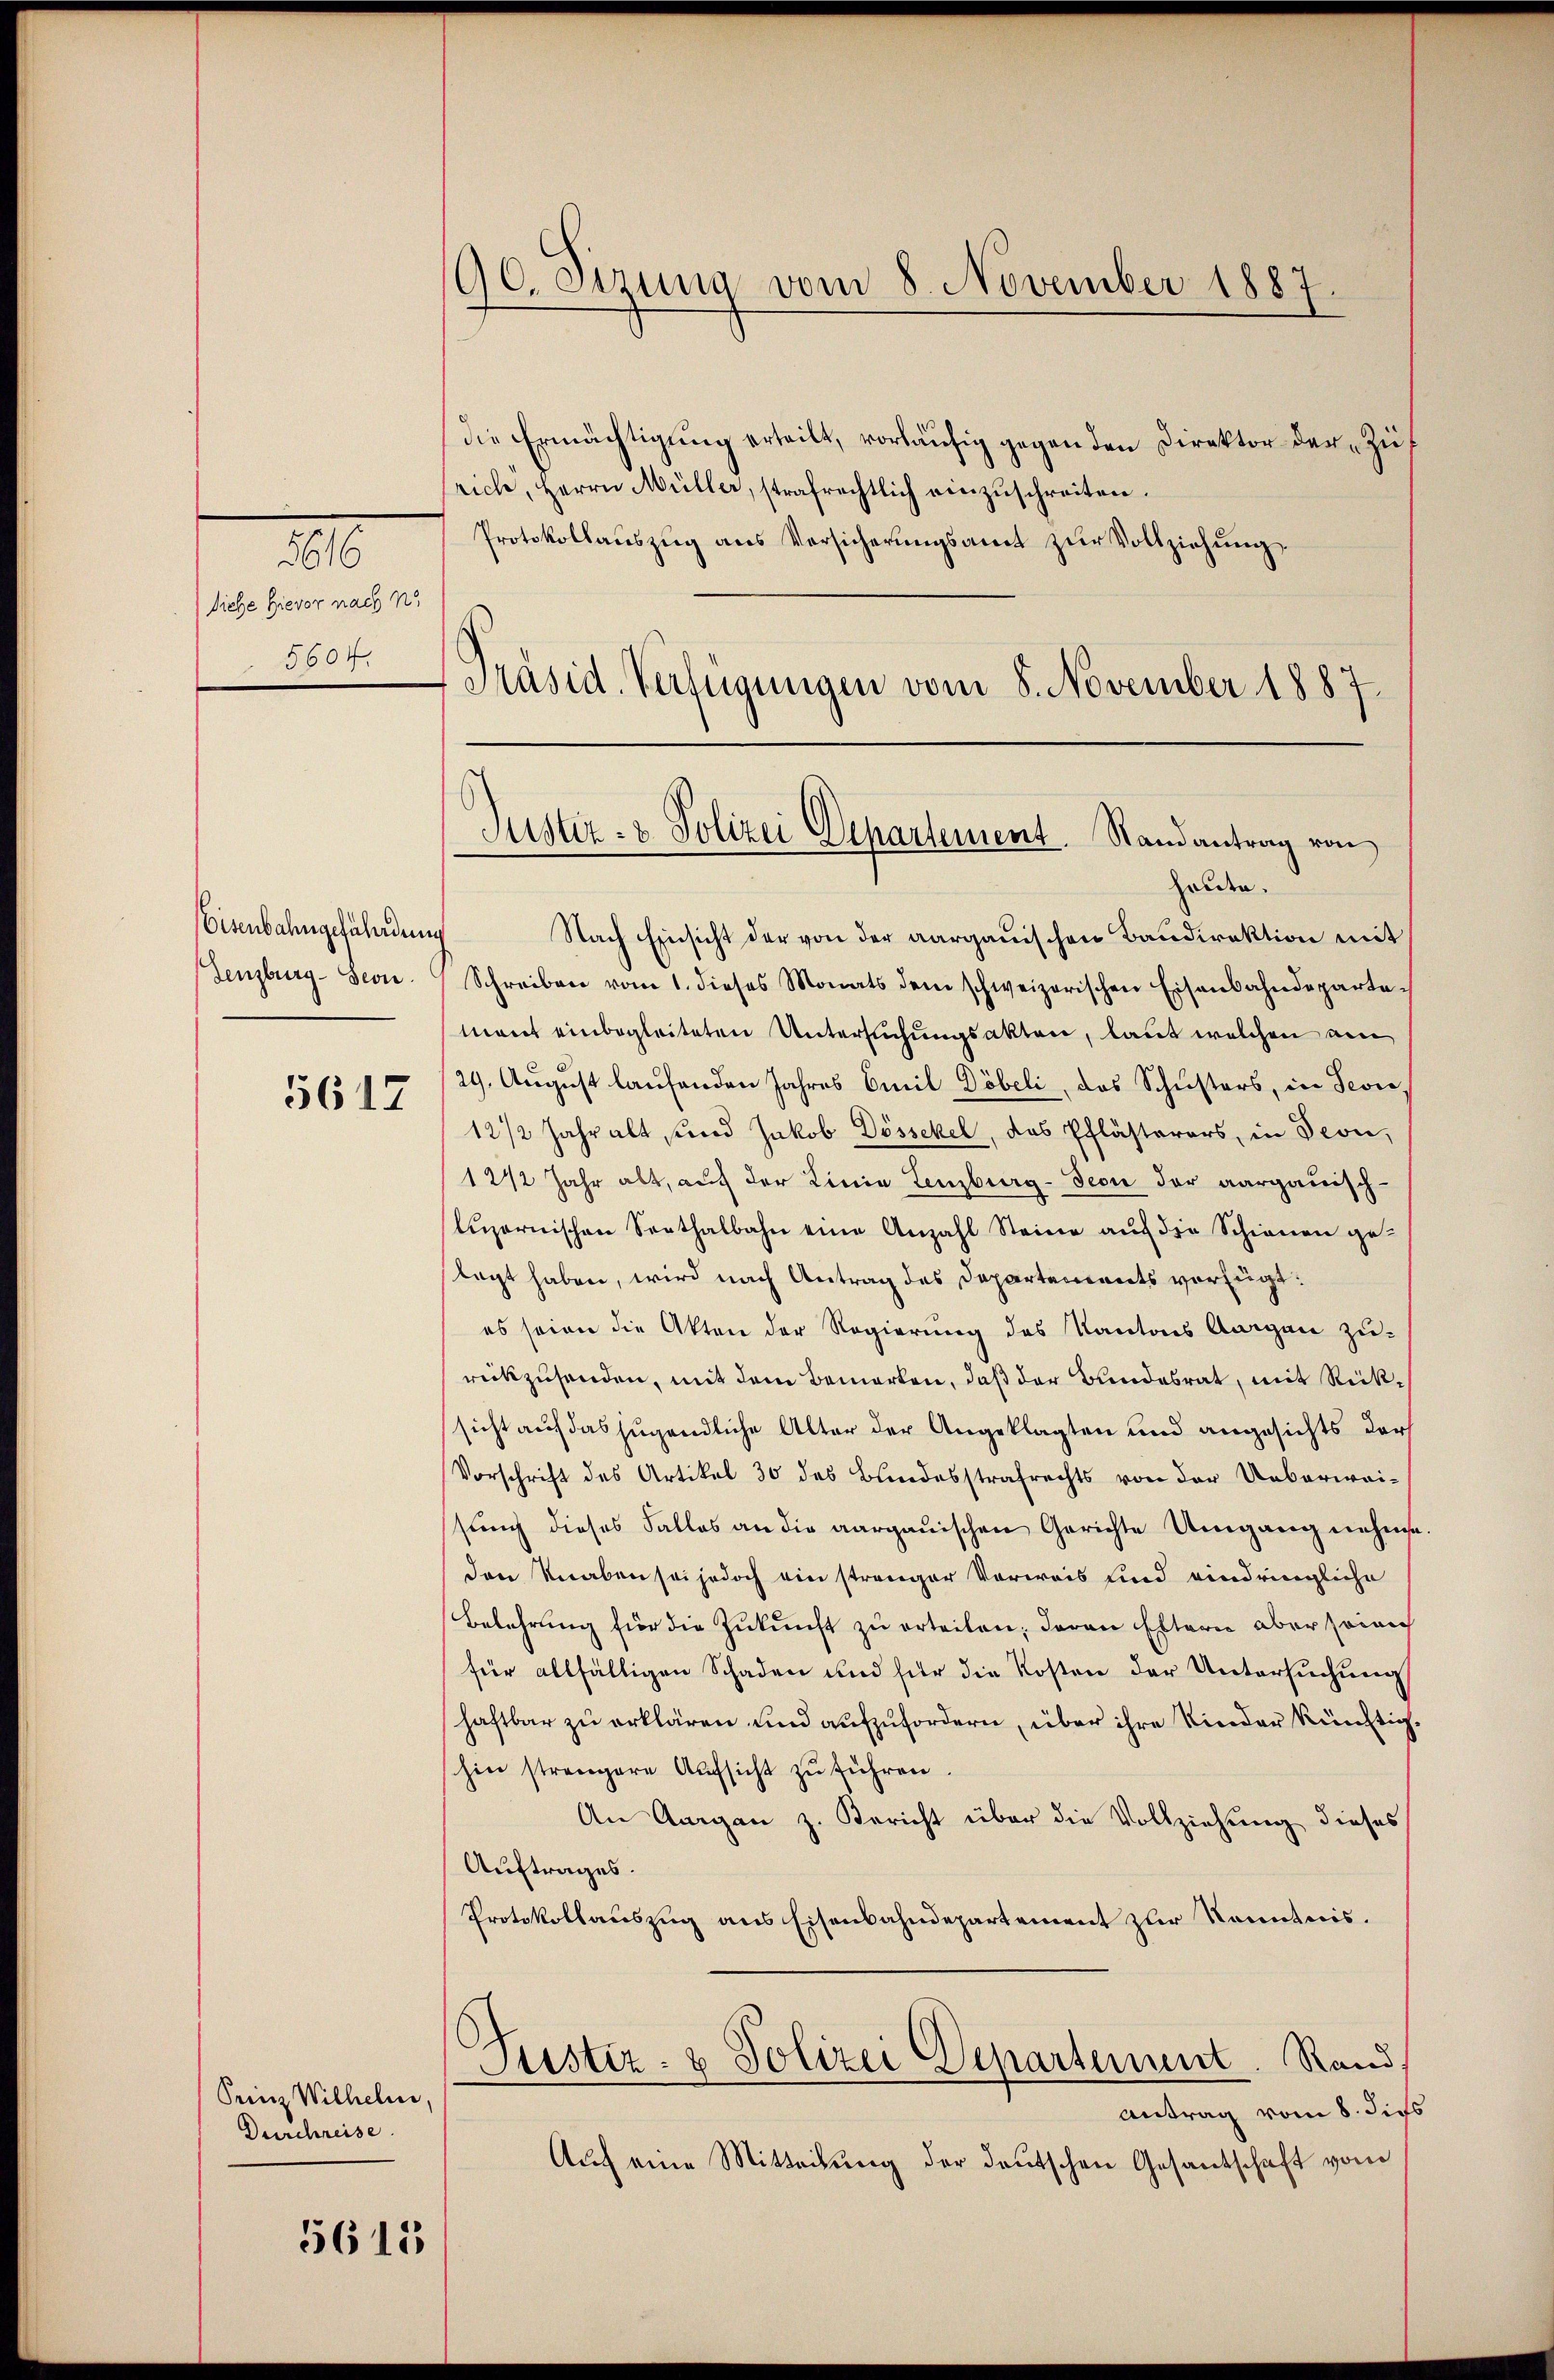
1
Siche Hievor nach no
5604.

Eisenbahngefährdung
Lenzburg - seon.

5617

Prinz Wilhelm,
Durchreise.

5615

90. Sizung vom 8. November 1887.

die Ermächtigung erteilt, vorläufig gegen den Direktor der Zuf
srich, Herrn Müller, strafrechtlich einzŭschreiten.
Protokollaŭszŭg ans Versicherŭngsamt zŭr Vollziehung
Präsid. Verfügungen vom 8. November 1887.

Justiz- & Polizei Departement. Randantrag von

holden.
Nach Einsicht der von der aargauischen Baudirektion mit
Schreiben vom 1. dieses Monats dem schweizerischen Eisenbahndepartemont einbegleiteten Untersuchungsakten, laut welchen ain
29. August laufenden Jahres Emil Döbeli, das Schŭsters, in Sevie
12 1/2 Jahr alt sind Jakob Dössekel, das Pflästerers, in Seon,
12 1/2 Jahr alt, auf der Linie Lenzburg-Teon der aargauisch-
luzernischen Senthalbahn eine Anzahl Steine auf die Schienen ge-
legt haben, wird nach Antrag des Departements verfügt:
es seien die Akten der Regierung des Kantons Aargau zu-
rückzusenden, mit dem Bemerken, daß der Bundesrat, mit Rücksicht auf das jugendliche Alter der Angeklagten und angesichts darf
Vorschrift des Artikel 30 des Bundesstrafrechts von der Ueberwaisung dieses Falles an die aargauischen Gerichte Umgang nehme
den Knaben sei jedoch ein strenger Vorweis sind eindringliche
Belehrung für die Zukunft zu erteilen; daran Eltern aber so nich
für allfälligen Schaden und für die Kosten der Untersuchung
haftbar zu erklären und aufzufordern, über ihre Kinder künftighin strengere Aufsicht zŭ führen.
An Aargau z. Bericht über die Vollziehung dieses
Auftrages.
Protokollauszug aus Eisenbahndepartement zur Kenntnis.
Justiz- & Polizei Departement. Rand
Antrag vom 8. dies
Auf eine Mitteilung der deutschen Gesantschaft von